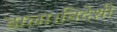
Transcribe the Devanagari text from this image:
डाला।विदेशी